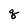
Character: q